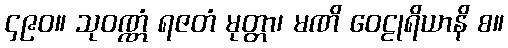
၄၉၀။ သုဝဏ္ဏံ ရဇတံ မုတ္တာ၊ မဏိ ဝေဠုရိယာနိ စ။